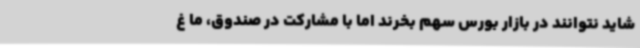
شاید نتوانند در بازار بورس سهم بخرند اما با مشارکت در صندوق، ما غ